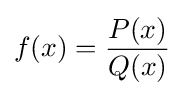
f(x)={\frac {P(x)}{Q(x)}}